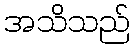
အသိသည်